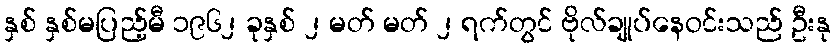
နှစ် နှစ်မပြည့်မီ ၁၉၆၂ ခုနှစ် ၂ မတ် မတ် ၂ ရက်တွင် ဗိုလ်ချုပ်နေဝင်းသည် ဦးနု